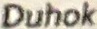
Duhok